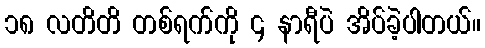
၁၈ လတိတိ တစ်ရက်ကို ၄ နာရီပဲ အိပ်ခဲ့ပါတယ်။